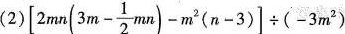
(2)[ $$\left[ 2mn(3m- \frac{1}{2}mn)-m^{2}(n-3) \right] \div (-3m^{2})$$